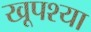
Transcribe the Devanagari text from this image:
खूपश्या